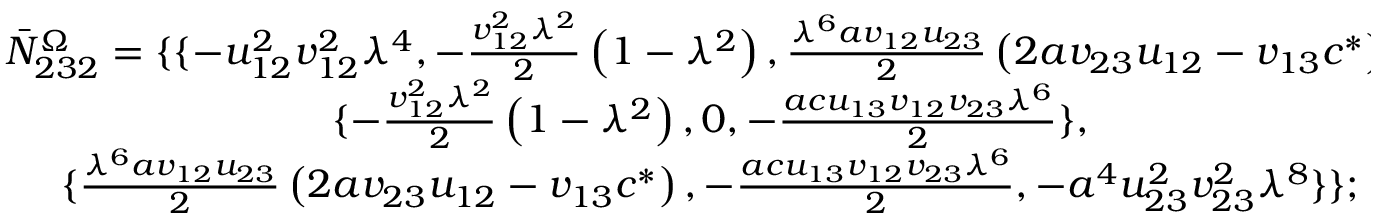
\begin{array} { c } { { \bar { N } _ { 2 3 2 } ^ { \Omega } = \{ \{ - u _ { 1 2 } ^ { 2 } v _ { 1 2 } ^ { 2 } \lambda ^ { 4 } , - \frac { v _ { 1 2 } ^ { 2 } \lambda ^ { 2 } } 2 \left( 1 - \lambda ^ { 2 } \right) , \frac { \lambda ^ { 6 } a v _ { 1 2 } u _ { 2 3 } } 2 \left( 2 a v _ { 2 3 } u _ { 1 2 } - v _ { 1 3 } c ^ { * } \right) \} , } } \\ { { \{ - \frac { v _ { 1 2 } ^ { 2 } \lambda ^ { 2 } } 2 \left( 1 - \lambda ^ { 2 } \right) , 0 , - \frac { a c u _ { 1 3 } v _ { 1 2 } v _ { 2 3 } \lambda ^ { 6 } } 2 \} , } } \\ { { \{ \frac { \lambda ^ { 6 } a v _ { 1 2 } u _ { 2 3 } } 2 \left( 2 a v _ { 2 3 } u _ { 1 2 } - v _ { 1 3 } c ^ { * } \right) , - \frac { a c u _ { 1 3 } v _ { 1 2 } v _ { 2 3 } \lambda ^ { 6 } } 2 , - a ^ { 4 } u _ { 2 3 } ^ { 2 } v _ { 2 3 } ^ { 2 } \lambda ^ { 8 } \} \} ; } } \end{array}